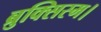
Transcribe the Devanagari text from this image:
ब्रुक्सिस्म।